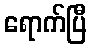
ရောက်ပြီ